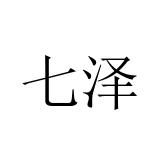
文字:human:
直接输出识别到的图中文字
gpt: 七泽